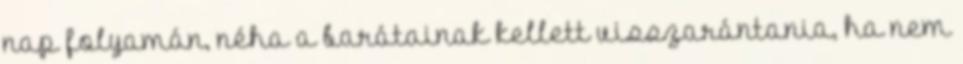
nap folyamán, néha a barátainak kellett visszarántania, ha nem